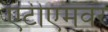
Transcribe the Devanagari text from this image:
एटीएमवर